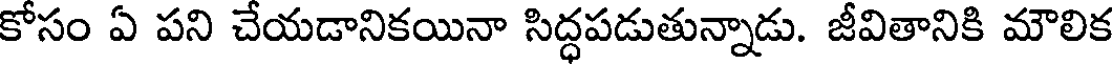
కోసం ఏ పని చేయడానికయినా సిద్ధపడుతున్నాడు. జీవితానికి మౌలిక